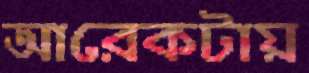
আরেকটায়